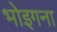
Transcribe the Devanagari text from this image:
भोइगना